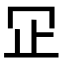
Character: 𬅶